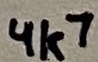
Text: 4k7